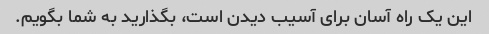
این یک راه آسان برای آسیب دیدن است، بگذارید به شما بگویم.